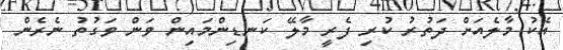
އެކު މާލެއަށް ދަތުރު ކުރި ފެރީ މާލޭ ކަނޑިންމައިން ވަން ވަގުތު ނެރެން